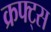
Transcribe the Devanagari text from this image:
क्रफ्ट्स